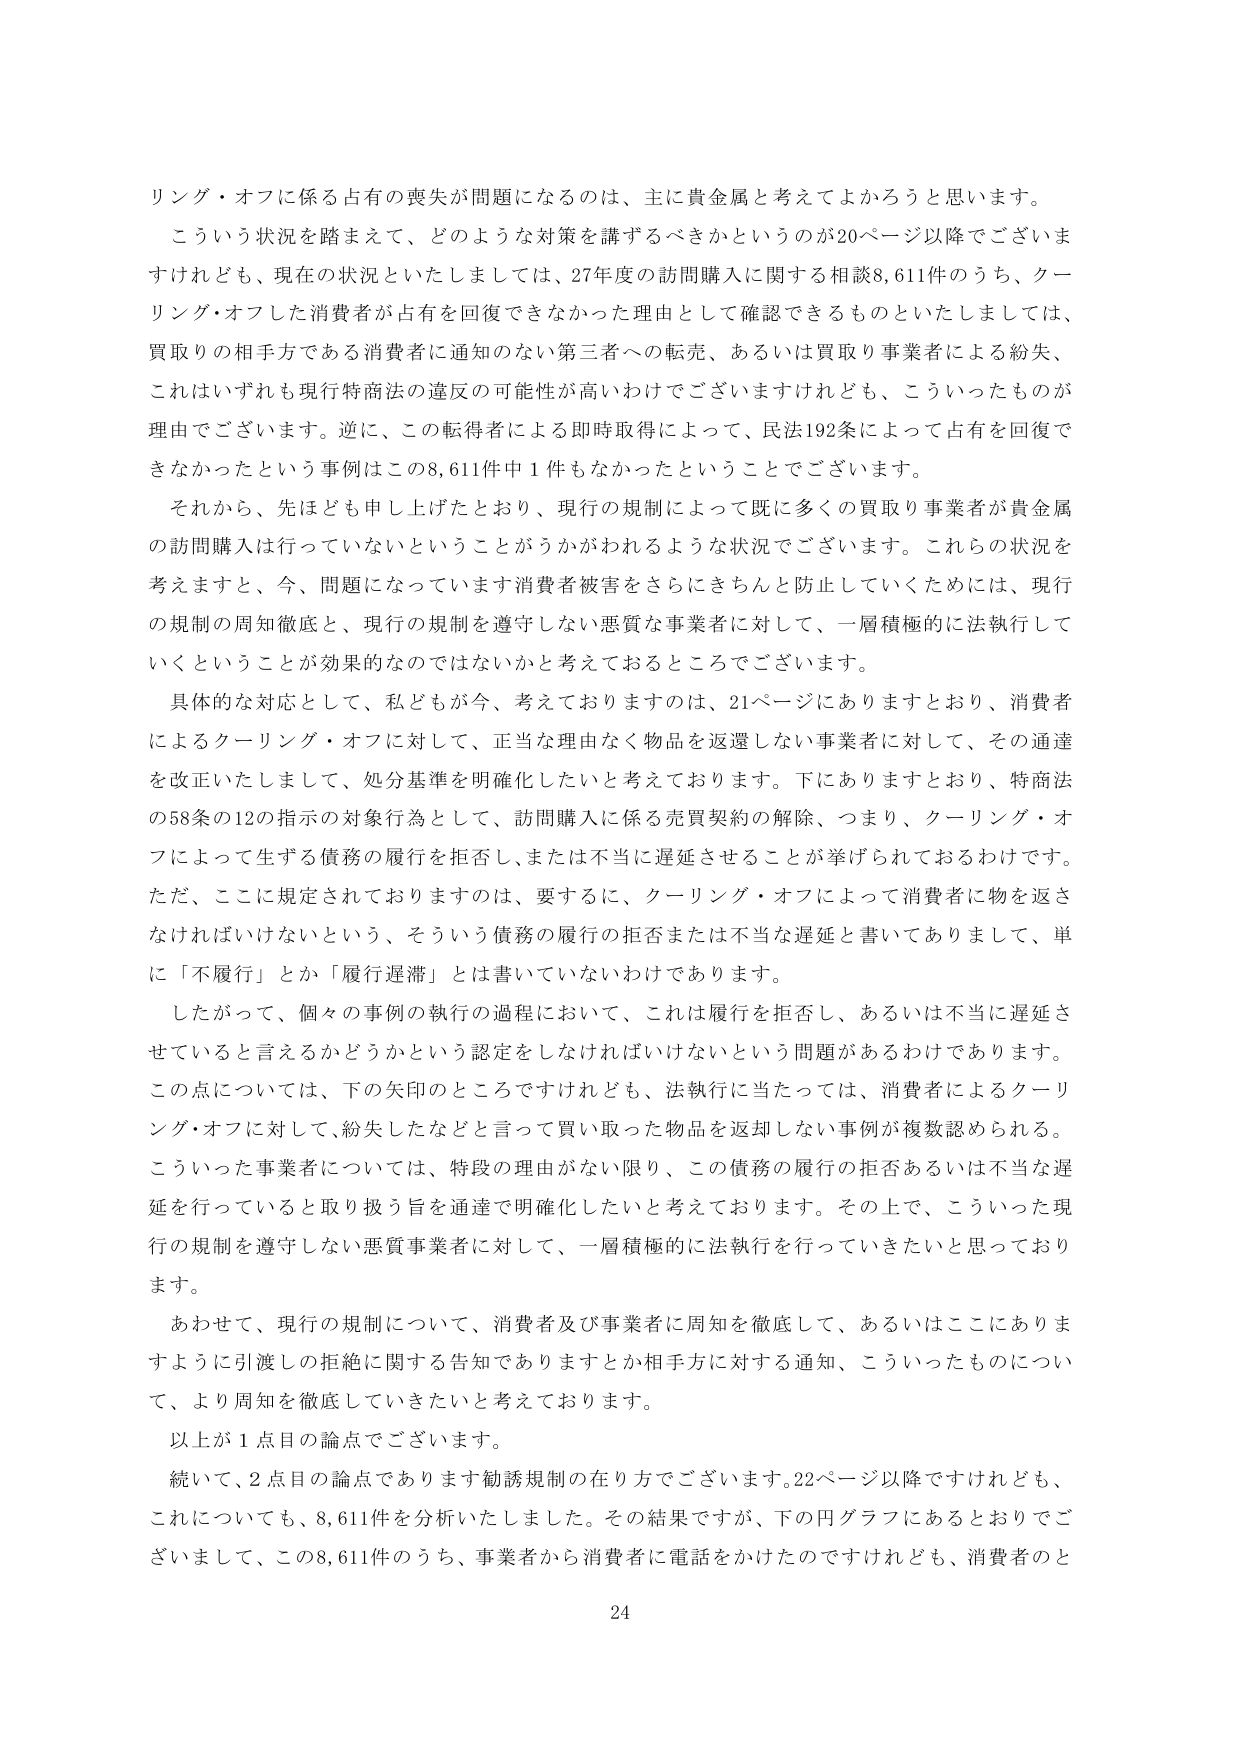
リング・オフに係る占有の喪失が問題になるのは、主に貴金属と考えてよかろうと思います。
こういう状況を踏まえて、どのような対策を講ずるべきかというのが20ページ以降でございま
すけれども、現在の状況といたしましては、27年度の訪問購入に関する相談8,611件のうち、クー
リング・オフした消費者が占有を回復できなかった理由として確認できるものといたしましては、
買取りの相手方である消費者に通知のない第三者への転売、あるいは買取り事業者による紛失、
これはいずれも現行特商法の違反の可能性が高いわけでございますけれども、こういったものが
理由でございます。逆に、この転得者による即時取得によって、民法192条によって占有を回復で
きなかったという事例はこの8,611件中1件もなかったということでございます。

それから、先ほども申し上げたとおり、現行の規制によって既に多くの買取り事業者が貴金属
の訪問購入は行っていないということがうかがわれるような状況でございます。これらの状況を
考えますと、今、問題になっていきます消費者被害をさらにきちんと防止していくためには、現行
の規制の周知徹底と、現行の規制を遵守しない悪質な事業者に対して、一層積極的に法執行して
いくということが効果的なのではないかと考えておるところでございます。

具体的な対応として、私どもが今、考えておりますのは、21ページにありますとおり、消費者
によるクーリング・オフに対して、正当な理由なく物品を返還しない事業者に対して、その通達
を改正いたしまして、処分基準を明確化したいと考えております。下にありますとおり、特商法
の58条の12の指示の対象行為として、訪問購入に係る売買契約の解除、つまり、クーリング・オフ
によって生ずる債務の履行を拒否し、または不当に遅延させることが挙げられておるわけです。
ただ、ここに規定されておりますのは、要するに、クーリング・オフによって消費者に物を返さ
なければならないという、そういう債務の履行の拒否または不当な遅延と書いてありまして、単
に「不履行」とか「履行遅滞」とは書いていないわけであります。

したがって、個々の事例の執行の過程において、これは履行を拒否し、あるいは不当に遅延さ
せていると言えるかどうかという認定をしなければいけないという問題があるわけであります。
この点については、下の矢印のところですけれども、法執行に当たっては、消費者によるクーリ
ング・オフに対して、紛失したなどと言って買い取った物品を返却しない事例が複数認められる。
こういった事業者については、特段の理由がない限り、この債務の履行の拒否あるいは不当な遅
延を行っていると取り扱う旨を通達で明確化したいと考えております。その上で、こういった現
行の規制を遵守しない悪質事業者に対して、一層積極的に法執行を行っていきたいと思っており
ます。

あわせて、現行の規制について、消費者及び事業者に周知を徹底して、あるいはここにありま
すように引渡しの拒絶に関する告知でありますとか相手方に対する通知、こういったものについ
て、より周知を徹底していきたいと考えております。

以上が1点目の論点でございます。

続いて、2点目の論点であります勧誘規制の在り方でございます。22ページ以降ですけれども、
これについても、8,611件を分析いたしました。その結果ですが、下の円グラフにあるとおりでご
ざいまして、この8,611件のうち、事業者から消費者に電話をかけたのですけれども、消費者のと

24